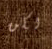
لكن